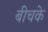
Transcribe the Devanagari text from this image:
बीचके